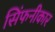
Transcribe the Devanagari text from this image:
सिंफनीकार